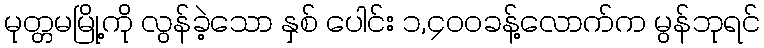
မုတ္တမမြို့ကို လွန်ခဲ့သော နှစ် ပေါင်း ၁,၄၀၀ခန့်လောက်က မွန်ဘုရင်